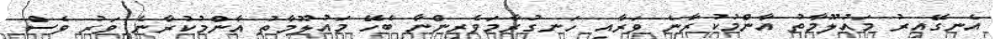
އެނގޭއިރު މައުލޫމާތު އާންމުކުރާނެ ވަރާއި ހަނގުރާމަވެރިންނާ ބެހޭ މައުލޫމާތު އާންމުކުރާނެ ވަރު ވެސް